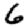
Digit: 6